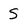
Character: s